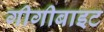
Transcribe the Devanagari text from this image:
गीगीबाइट